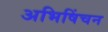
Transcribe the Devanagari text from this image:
अभिषिंचन